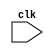
 //---------------------------------------------INSTRUCTION FETCH STAGE------------------------------------------------------

//LW R3, 0(R2)
//DIV R2,R3,R4
//MUL R1,R5,R6
//ADD R3,R7,R8
//MUL R1,R1,R3
//SUB R4,R1,R5
//ADD R1,R4,R2

//R-Format: funct7(7)  rs1(5)  rs2(5)  funct3(3)  rd(5)  opcode(7)
//Load/Stores: Immediate(12)  rs(5)  funct3(3)  rd(5)  opcode(7)

module tomasulo(clk);

input clk;
reg stall_flag;
reg [31:0] pr_instr_fetch; //Pipeline register of Fetch stage
reg [4:0] PC;              //Program Counter

reg [31:0] memory [0:31];         //Main Memory

integer x;

initial 
begin
memory[0]=32'h00012183;           //Instructions stored in Main Memory
memory[1]=32'h0241c133;
memory[2]=32'h026280b3;
memory[3]=32'h008381b3;
memory[4]=32'h023080b3;
memory[5]=32'h40508233;
memory[6]=32'h002200b3;    
end

initial 
begin
    x=0;
    PC=5'b00000;
end

always@(posedge clk)
begin
  if(stall_flag==0)
    begin
      pr_instr_fetch<=memory[x]; 
      if(memory[x]!=32'bx)
         PC<=PC+4;           //****ALARM: PC keeps on incrementing even if new instruction is not being fetched
      x<=x+1;   
    end
  else
      pr_instr_fetch<=32'bx;  
end 

//-----------------------------------------------------DECODE STAGE---------------------------------------------------------

reg [2:0] pr_instr;               //Tells what type of instruction it is after decoding
reg [6:0] pr_funct7, pr_opcode;   //pipeline registers for Decode Stage
reg [4:0] pr_rs1, pr_rs2, pr_rd;
reg [2:0] pr_funct3;
reg [11:0] pr_immediate;

parameter LOAD = 3'b000;
parameter ADD = 3'b001;
parameter SUB = 3'b010;
parameter MUL = 3'b011;
parameter DIV = 3'b100;

always@(posedge clk)
begin
   if(stall_flag==0)
   begin
    pr_opcode = pr_instr_fetch[6:0];   
    pr_funct7 = pr_instr_fetch[31:25];
    pr_funct3 = pr_instr_fetch[14:12];
    pr_rs2 <= pr_instr_fetch[24:20];
    pr_immediate <= pr_instr_fetch[31:20];
    pr_rs1 <= pr_instr_fetch[19:15];
    pr_rd <= pr_instr_fetch[11:7];
    
   
    if(pr_opcode==7'b0000011)
       pr_instr<=LOAD;
    else if ((pr_opcode==7'b0110011) && (pr_funct7==7'b0000000))
       pr_instr<=ADD;
    else if ((pr_opcode==7'b0110011) && (pr_funct7==7'b0100000))
       pr_instr<=SUB;
    else if ((pr_opcode==7'b0110011) && (pr_funct7==7'b0000001) && (pr_funct3==3'b000))
       pr_instr<=MUL;
    else if ((pr_opcode==7'b0110011) && (pr_funct7==7'b0000001) && (pr_funct3==3'b100))
       pr_instr<=DIV;
    else
       pr_instr<=3'bxxx;   

   end
   
   else
    pr_instr<=3'bx;

end

//--------------------------------------------------DISPATCH STAGE------------------------------------------------------------------

reg [31:0] Arch_reg [1:32];            //Defining Architectural Registers
reg [2:0] RAT [1:32];                  //Defining the RAT

reg [2:0] ROB_head_ptr;                //ROB Head Pointer
reg [2:0] ROB_tail_ptr;                //ROB Tail Pointer
reg [2:0] ROB_Instr [0:7];            //Defining ROB entries
reg [4:0] ROB_Dest [0:7];
reg [31:0] ROB_Value [0:7];
reg ROB_busy [0:7];
reg ROB_valid[0:7];

reg [2:0] RS_Add_Instr [0:3];         //Defining RS_ADD/SUB entries
reg RS_Add_busy [0:3];
reg [2:0] RS_Add_Dest_tag [0:3];
reg [2:0] RS_Add_S1_tag [0:3];
reg [2:0] RS_Add_S2_tag [0:3];
reg [31:0] RS_Add_S1_value [0:3];
reg RS_Add_S1_valid [0:3];
reg [31:0] RS_Add_S2_value [0:3];
reg RS_Add_S2_valid [0:3];
reg [1:0] RS_Add_count;

reg [2:0] RS_Mul_Instr [0:3];        //Defining RS_MUL/DIV entri
reg RS_Mul_busy [0:3];
reg [2:0] RS_Mul_Dest_tag [0:3];
reg [2:0] RS_Mul_S1_tag [0:3];
reg [2:0] RS_Mul_S2_tag [0:3];
reg [31:0] RS_Mul_S1_value [0:3];
reg RS_Mul_S1_valid [0:3];
reg [31:0] RS_Mul_S2_value [0:3];
reg RS_Mul_S2_valid [0:3];
reg [1:0] RS_Mul_count;

reg [2:0] LD_ST_Buffer_Instr [0:3];    //Defining Load/Store Buffer entries
reg LD_ST_Buffer_busy [0:3];
reg [2:0] LD_ST_Buffer_Dest_tag [0:3];
reg [11:0] LD_ST_Buffer_Offset [0:3];
reg [2:0] LD_ST_Buffer_Source_tag [0:3];
reg [31:0] LD_ST_Buffer_Source_value [0:3];
reg LD_ST_Buffer_Source_valid [0:3];
reg [1:0] RS_LD_ST_count;


initial 
begin
    RS_Add_count=2'b00;
    RS_Mul_count=2'b00;
    RS_LD_ST_count=2'b00;
    ROB_head_ptr=3'b000;
    ROB_tail_ptr=3'b000;

    ROB_busy[0]=0;        ROB_valid[0]=0;
    ROB_busy[1]=0;        ROB_valid[1]=0;
    ROB_busy[2]=0;        ROB_valid[2]=0;
    ROB_busy[3]=0;        ROB_valid[3]=0;
    ROB_busy[4]=0;        ROB_valid[4]=0;
    ROB_busy[5]=0;        ROB_valid[5]=0;
    ROB_busy[6]=0;        ROB_valid[6]=0;
    ROB_busy[7]=0;        ROB_valid[7]=0;

    stall_flag=1'b0;

    LD_ST_Buffer_Source_valid[0]=0;     LD_ST_Buffer_busy[0]=0;
    LD_ST_Buffer_Source_valid[1]=0;     LD_ST_Buffer_busy[1]=0;
    LD_ST_Buffer_Source_valid[2]=0;     LD_ST_Buffer_busy[2]=0;
    LD_ST_Buffer_Source_valid[3]=0;     LD_ST_Buffer_busy[3]=0;
    
    RS_Add_S1_valid [0]=0;      RS_Add_S2_valid [0]=0;     RS_Add_busy[0]=0;
    RS_Add_S1_valid [1]=0;      RS_Add_S2_valid [1]=0;     RS_Add_busy[1]=0;
    RS_Add_S1_valid [2]=0;      RS_Add_S2_valid [2]=0;     RS_Add_busy[2]=0;
    RS_Add_S1_valid [3]=0;      RS_Add_S2_valid [3]=0;     RS_Add_busy[3]=0;


    RS_Mul_S1_valid [0]=0;      RS_Mul_S2_valid [0]=0;     RS_Mul_busy[0]=0;
    RS_Mul_S1_valid [1]=0;      RS_Mul_S2_valid [1]=0;     RS_Mul_busy[1]=0;
    RS_Mul_S1_valid [2]=0;      RS_Mul_S2_valid [2]=0;     RS_Mul_busy[2]=0;
    RS_Mul_S1_valid [3]=0;      RS_Mul_S2_valid [3]=0;     RS_Mul_busy[3]=0;

    Arch_reg[1]=32'h0000000c;     RAT[1]=3'bxxx;     
    Arch_reg[2]=32'h00000010;     RAT[2]=3'bxxx;   
    Arch_reg[3]=32'h0000002d;     RAT[3]=3'bxxx;     
    Arch_reg[4]=32'h00000005;     RAT[4]=3'bxxx;     
    Arch_reg[5]=32'h00000003;     RAT[5]=3'bxxx;    
    Arch_reg[6]=32'h00000004;     RAT[6]=3'bxxx;     
    Arch_reg[7]=32'h00000001;     RAT[7]=3'bxxx;
    Arch_reg[8]=32'h00000002;     RAT[8]=3'bxxx;
    Arch_reg[9]=32'h00000002;     RAT[9]=3'bxxx;
    Arch_reg[10]=32'h00000003;    RAT[10]=3'bxxx;
end

always@(posedge clk)
begin
    if(ROB_busy[ROB_tail_ptr]==1)
         stall_flag=1;    //stall
    
    else 
      begin
        if(pr_instr==LOAD)     //if LOAD instruction
        begin
           if(LD_ST_Buffer_busy[RS_LD_ST_count]==1)     //if LOAD buffer if full then STALL
             stall_flag=1;
           else
             begin   
               ROB_Instr[ROB_tail_ptr]<=pr_instr;
               ROB_Dest[ROB_tail_ptr]<=pr_rd;
               ROB_busy[ROB_tail_ptr]<=1;
               LD_ST_Buffer_Instr[RS_LD_ST_count]<=pr_instr; 
               LD_ST_Buffer_busy[RS_LD_ST_count]<=1'b1; 
               LD_ST_Buffer_Dest_tag[RS_LD_ST_count]<=ROB_tail_ptr;
               LD_ST_Buffer_Offset[RS_LD_ST_count]<=pr_immediate;
               RAT[pr_rd]<=ROB_tail_ptr; 
                if(RAT[pr_rs1]===3'bxxx)     //if RAT has no tag, get value from Arch Register
                 begin
                  LD_ST_Buffer_Source_value[RS_LD_ST_count]<=Arch_reg[pr_rs1]; 
                  LD_ST_Buffer_Source_valid[RS_LD_ST_count]<=1'b1; 
                 end 
               else
                 begin
                  LD_ST_Buffer_Source_tag[RS_LD_ST_count]<=RAT[pr_rs1]; //if RAT has some tag, get the tag
                  LD_ST_Buffer_Source_valid[RS_LD_ST_count]<=1'b0;  
                 end  
               ROB_tail_ptr<=ROB_tail_ptr+3'b001;
               RS_LD_ST_count<=RS_LD_ST_count+2'b01;
             end 
        end     
        else if(pr_instr==ADD)
        begin
           if (RS_Add_busy[RS_Add_count]==1)
              stall_flag=1;
           else
             begin
                ROB_Instr[ROB_tail_ptr]<=pr_instr;
                ROB_Dest[ROB_tail_ptr]<=pr_rd;
                ROB_busy[ROB_tail_ptr]<=1;
                RS_Add_Instr[RS_Add_count]<=pr_instr;
                RS_Add_busy[RS_Add_count]<=1'b1;
                RS_Add_Dest_tag[RS_Add_count]<=ROB_tail_ptr;
                RAT[pr_rd]<=ROB_tail_ptr;
                if(RAT[pr_rs1]===3'bxxx)
                  begin
                   RS_Add_S1_value[RS_Add_count]<=Arch_reg[pr_rs1];
                   RS_Add_S1_valid[RS_Add_count]<=1;
                  end
                else 
                  begin  
                   RS_Add_S1_tag[RS_Add_count]<=RAT[pr_rs1];
                   RS_Add_S1_valid[RS_Add_count]<=1'b0;
                  end 
                if(RAT[pr_rs2]===3'bxxx)  
                  begin 
                   RS_Add_S2_value[RS_Add_count]<=Arch_reg[pr_rs2];
                   RS_Add_S2_valid[RS_Add_count]<=1;
                  end
                else 
                  begin  
                   RS_Add_S2_tag[RS_Add_count]<=RAT[pr_rs2];
                   RS_Add_S2_valid[RS_Add_count]<=1'b0;
                  end 
                ROB_tail_ptr<=ROB_tail_ptr+3'b001;  
                RS_Add_count<=RS_Add_count+2'b01; 
             end     
        end 
        else if(pr_instr==SUB)
        begin
           if (RS_Add_busy[RS_Add_count]==1)
              stall_flag=1;
           else
             begin
                ROB_Instr[ROB_tail_ptr]<=pr_instr;
                ROB_Dest[ROB_tail_ptr]<=pr_rd;
                ROB_busy[ROB_tail_ptr]<=1;
                RS_Add_Instr[RS_Add_count]<=pr_instr;
                RS_Add_busy[RS_Add_count]<=1'b1;
                RS_Add_Dest_tag[RS_Add_count]<=ROB_tail_ptr;
                RAT[pr_rd]<=ROB_tail_ptr;
                if(RAT[pr_rs1]===3'bxxx)
                  begin
                   RS_Add_S1_value[RS_Add_count]<=Arch_reg[pr_rs1];
                   RS_Add_S1_valid[RS_Add_count]<=1;
                  end
                else 
                  begin  
                   RS_Add_S1_tag[RS_Add_count]<=RAT[pr_rs1];
                   RS_Add_S1_valid[RS_Add_count]<=1'b0;
                  end 
                if(RAT[pr_rs2]===3'bxxx)  
                  begin 
                   RS_Add_S2_value[RS_Add_count]<=Arch_reg[pr_rs2];
                   RS_Add_S2_valid[RS_Add_count]<=1;
                  end
                else 
                  begin  
                   RS_Add_S2_tag[RS_Add_count]<=RAT[pr_rs2];
                   RS_Add_S2_valid[RS_Add_count]<=1'b0;
                  end 
                ROB_tail_ptr<=ROB_tail_ptr+3'b001;  
                RS_Add_count<=RS_Add_count+2'b01;   
             end     
        end 
        else if(pr_instr==MUL)
        begin
           if (RS_Mul_busy[RS_Mul_count]==1)
              stall_flag=1;
           else
             begin
                ROB_Instr[ROB_tail_ptr]<=pr_instr;
                ROB_Dest[ROB_tail_ptr]<=pr_rd;
                ROB_busy[ROB_tail_ptr]<=1;
                RS_Mul_Instr[RS_Mul_count]<=pr_instr;
                RS_Mul_busy[RS_Mul_count]<=1'b1;
                RS_Mul_Dest_tag[RS_Mul_count]<=ROB_tail_ptr;
                RAT[pr_rd]<=ROB_tail_ptr;
                if(RAT[pr_rs1]===3'bxxx)
                  begin
                   RS_Mul_S1_value[RS_Mul_count]<=Arch_reg[pr_rs1];
                   RS_Mul_S1_valid[RS_Mul_count]<=1'b1;
                  end
                else 
                  begin  
                   RS_Mul_S1_tag[RS_Mul_count]<=RAT[pr_rs1];
                   RS_Mul_S1_valid[RS_Mul_count]<=1'b0;
                  end 
                if(RAT[pr_rs2]===3'bxxx) 
                  begin  
                   RS_Mul_S2_value[RS_Mul_count]<=Arch_reg[pr_rs2];
                   RS_Mul_S2_valid[RS_Mul_count]<=1'b1;
                  end
                else
                  begin   
                   RS_Mul_S2_tag[RS_Mul_count]<=RAT[pr_rs2];
                   RS_Mul_S2_valid[RS_Mul_count]<=1'b0;
                  end
                ROB_tail_ptr<=ROB_tail_ptr+3'b001;  
                RS_Mul_count<=RS_Mul_count+2'b01; 
             end     
        end 
        else if(pr_instr==DIV)
        begin
           if (RS_Mul_busy[RS_Mul_count]==1)
              stall_flag=1;
           else
             begin
                ROB_Instr[ROB_tail_ptr]<=pr_instr;
                ROB_Dest[ROB_tail_ptr]<=pr_rd;
                ROB_busy[ROB_tail_ptr]<=1;
                RS_Mul_Instr[RS_Mul_count]<=pr_instr;
                RS_Mul_busy[RS_Mul_count]<=1'b1;
                RS_Mul_Dest_tag[RS_Mul_count]<=ROB_tail_ptr;
                RAT[pr_rd]<=ROB_tail_ptr;
                if(RAT[pr_rs1]===3'bxxx)
                  begin
                   RS_Mul_S1_value[RS_Mul_count]<=Arch_reg[pr_rs1];
                   RS_Mul_S1_valid[RS_Mul_count]<=1'b1;
                  end
                else 
                  begin  
                   RS_Mul_S1_tag[RS_Mul_count]<=RAT[pr_rs1];
                   RS_Mul_S1_valid[RS_Mul_count]<=1'b0;
                  end 
                if(RAT[pr_rs2]===3'bxxx) 
                  begin  
                   RS_Mul_S2_value[RS_Mul_count]<=Arch_reg[pr_rs2];
                   RS_Mul_S2_valid[RS_Mul_count]<=1'b1;
                  end
                else
                  begin   
                   RS_Mul_S2_tag[RS_Mul_count]<=RAT[pr_rs2];
                   RS_Mul_S2_valid[RS_Mul_count]<=1'b0;
                  end
                ROB_tail_ptr<=ROB_tail_ptr+3'b001;  
                RS_Mul_count<=RS_Mul_count+2'b01;  
             end     
        end 
    end  
  end   

//-------------------------------------------------------------ISSUE STAGE--------------------------------------------------------------

reg [31:0] pr_sv1, pr_Add_Sub_sv1,pr_Add_Sub_sv2,pr_Mul_Div_sv1,pr_Mul_Div_sv2;  //Pipeline registers for Issue stage
reg [2:0] pr_LD_tag, pr_Add_Sub_tag, pr_Mul_Div_tag;
reg [11:0] pr_offset;
reg [2:0] pr_LD_Instr, pr_Add_Sub_Instr, pr_Mul_Instr, pr_Div_Instr;

always@(posedge clk)          //****ALARM: Priority for instructions issue has not been set properly!
begin
    if(LD_ST_Buffer_Source_valid[0]==1)     //busy bit has been used as 'VALID' bit
    begin
        pr_sv1<=LD_ST_Buffer_Source_value[0];    //get all necessary data into the pipeline registers
        pr_offset<=LD_ST_Buffer_Offset[0];
        pr_LD_tag<=LD_ST_Buffer_Dest_tag[0];
        pr_LD_Instr<=LD_ST_Buffer_Instr[0];
        
        LD_ST_Buffer_Source_value[0]<=32'hx;
        LD_ST_Buffer_Offset[0]<=12'hx;
        LD_ST_Buffer_Dest_tag[0]<=3'bx;
        LD_ST_Buffer_Instr[0]<=3'bx;
        LD_ST_Buffer_busy[0]<=1'b0;
        LD_ST_Buffer_Source_valid[0]<=0;
    end 
    else if(LD_ST_Buffer_Source_valid[1]==1)     //busy bit has been used as 'VALID' bit
    begin
        pr_sv1<=LD_ST_Buffer_Source_value[1];    //get all necessary data into the pipeline registers
        pr_offset<=LD_ST_Buffer_Offset[1];
        pr_LD_tag<=LD_ST_Buffer_Dest_tag[1];
        pr_LD_Instr<=LD_ST_Buffer_Instr[1];
        
        LD_ST_Buffer_Source_value[1]<=32'hx;
        LD_ST_Buffer_Offset[1]<=12'hx;
        LD_ST_Buffer_Dest_tag[1]<=3'bx;
        LD_ST_Buffer_Instr[1]<=3'bx;
        LD_ST_Buffer_busy[1]<=1'b0;
        LD_ST_Buffer_Source_valid[1]<=0;
    end
    else if(LD_ST_Buffer_Source_valid[2]==1)     //busy bit has been used as 'VALID' bit
    begin
        pr_sv1<=LD_ST_Buffer_Source_value[2];    //get all necessary data into the pipeline registers
        pr_offset<=LD_ST_Buffer_Offset[2];
        pr_LD_tag<=LD_ST_Buffer_Dest_tag[2];
        pr_LD_Instr<=LD_ST_Buffer_Instr[2];
        
        LD_ST_Buffer_Source_value[2]<=32'hx;
        LD_ST_Buffer_Offset[2]<=12'hx;
        LD_ST_Buffer_Dest_tag[2]<=3'bx;
        LD_ST_Buffer_Instr[2]<=3'bx;
        LD_ST_Buffer_busy[2]<=1'b0;
        LD_ST_Buffer_Source_valid[2]<=0;
    end
    else if(LD_ST_Buffer_Source_valid[3]==1)     //busy bit has been used as 'VALID' bit
    begin
        pr_sv1<=LD_ST_Buffer_Source_value[3];    //get all necessary data into the pipeline registers
        pr_offset<=LD_ST_Buffer_Offset[3];
        pr_LD_tag<=LD_ST_Buffer_Dest_tag[3];
        pr_LD_Instr<=LD_ST_Buffer_Instr[3];
        
        LD_ST_Buffer_Source_value[3]<=32'hx;
        LD_ST_Buffer_Offset[3]<=12'hx;
        LD_ST_Buffer_Dest_tag[3]<=3'bx;
        LD_ST_Buffer_Instr[3]<=3'bx;
        LD_ST_Buffer_busy[3]<=1'b0;
        LD_ST_Buffer_Source_valid[3]<=0;
    end

    if(RS_Mul_S1_valid[0]==1 && RS_Mul_S2_valid[0]==1)
    begin
        pr_Mul_Div_sv1<=RS_Mul_S1_value[0];
        pr_Mul_Div_sv2<=RS_Mul_S2_value[0];
        pr_Mul_Div_tag<=RS_Mul_Dest_tag[0];
        if(RS_Mul_Instr[0]==MUL)
          pr_Mul_Instr<=RS_Mul_Instr[0];
        else
          pr_Div_Instr<=RS_Mul_Instr[0];
           
        RS_Mul_S1_value[0]<=32'hx;
        RS_Mul_S2_value[0]<=32'hx;
        RS_Mul_Dest_tag[0]<=3'bx;
        RS_Mul_Instr[0]<=3'bx;
        RS_Mul_busy[0]<=1'b0;
        RS_Mul_S1_valid[0]<=0;
        RS_Mul_S2_valid[0]<=0;
    end
    else if(RS_Mul_S1_valid[1]==1 && RS_Mul_S2_valid[1]==1)
    begin
        pr_Mul_Div_sv1<=RS_Mul_S1_value[1];
        pr_Mul_Div_sv2<=RS_Mul_S2_value[1];
        pr_Mul_Div_tag<=RS_Mul_Dest_tag[1];
        if(RS_Mul_Instr[1]==MUL)
          pr_Mul_Instr<=RS_Mul_Instr[1];
        else
          pr_Div_Instr<=RS_Mul_Instr[1];
         
        RS_Mul_S1_value[1]<=32'hx;
        RS_Mul_S2_value[1]<=32'hx;
        RS_Mul_Dest_tag[1]<=3'bx;
        RS_Mul_Instr[1]<=3'bx;
        RS_Mul_busy[1]<=1'b0;
        RS_Mul_S1_valid[1]<=0;
        RS_Mul_S2_valid[1]<=0;
    end
    else if(RS_Mul_S1_valid[2]==1 && RS_Mul_S2_valid[2]==1)
    begin
        pr_Mul_Div_sv1<=RS_Mul_S1_value[2];
        pr_Mul_Div_sv2<=RS_Mul_S2_value[2];
        pr_Mul_Div_tag<=RS_Mul_Dest_tag[2];
        if(RS_Mul_Instr[2]==MUL)
          pr_Mul_Instr<=RS_Mul_Instr[2];
        else
          pr_Div_Instr<=RS_Mul_Instr[2];
         
        RS_Mul_S1_value[2]<=32'hx;
        RS_Mul_S2_value[2]<=32'hx;
        RS_Mul_Dest_tag[2]<=3'bx;
        RS_Mul_Instr[2]<=3'bx;
        RS_Mul_busy[2]<=1'b0;
        RS_Mul_S1_valid[2]<=0;
        RS_Mul_S2_valid[2]<=0;
    end
    else if(RS_Mul_S1_valid[3]==1 && RS_Mul_S2_valid[3]==1)
    begin
        pr_Mul_Div_sv1<=RS_Mul_S1_value[3];
        pr_Mul_Div_sv2<=RS_Mul_S2_value[3];
        pr_Mul_Div_tag<=RS_Mul_Dest_tag[3];
        if(RS_Mul_Instr[3]==MUL)
          pr_Mul_Instr<=RS_Mul_Instr[3];
        else
          pr_Div_Instr<=RS_Mul_Instr[3];
         
        RS_Mul_S1_value[3]<=32'hx;
        RS_Mul_S2_value[3]<=32'hx;
        RS_Mul_Dest_tag[3]<=3'bx;
        RS_Mul_Instr[3]<=3'bx;
        RS_Mul_busy[3]<=1'b0;
        RS_Mul_S1_valid[3]<=0;
        RS_Mul_S2_valid[3]<=0;
    end

    if(RS_Add_S1_valid[0]==1 && RS_Add_S2_valid[0]==1) 
    begin
        pr_Add_Sub_sv1<=RS_Add_S1_value[0];
        pr_Add_Sub_sv2<=RS_Add_S2_value[0];
        pr_Add_Sub_tag<=RS_Add_Dest_tag[0];
        pr_Add_Sub_Instr<=RS_Add_Instr[0];
         
        RS_Add_S1_value[0]<=32'hx;
        RS_Add_S2_value[0]<=32'hx;
        RS_Add_Dest_tag[0]<=3'bx;
        RS_Add_Instr[0]<=3'bx;
        RS_Add_busy[0]<=1'b0;
        RS_Add_S1_valid[0]<=0;
        RS_Add_S2_valid[0]<=0;
    end
    else if(RS_Add_S1_valid[1]==1 && RS_Add_S2_valid[1]==1) 
    begin
        pr_Add_Sub_sv1<=RS_Add_S1_value[1];
        pr_Add_Sub_sv2<=RS_Add_S2_value[1];
        pr_Add_Sub_tag<=RS_Add_Dest_tag[1];
        pr_Add_Sub_Instr<=RS_Add_Instr[1];
         
        RS_Add_S1_value[1]<=32'hx;
        RS_Add_S2_value[1]<=32'hx;
        RS_Add_Dest_tag[1]<=3'bx;
        RS_Add_Instr[1]<=3'bx;
        RS_Add_busy[1]<=1'b0;
        RS_Add_S1_valid[1]<=0;
        RS_Add_S2_valid[1]<=0;
    end
    else if(RS_Add_S1_valid[2]==1 && RS_Add_S2_valid[2]==1) 
    begin
        pr_Add_Sub_sv1<=RS_Add_S1_value[2];
        pr_Add_Sub_sv2<=RS_Add_S2_value[2];
        pr_Add_Sub_tag<=RS_Add_Dest_tag[2];
        pr_Add_Sub_Instr<=RS_Add_Instr[2];
         
        RS_Add_S1_value[2]<=32'hx;
        RS_Add_S2_value[2]<=32'hx;
        RS_Add_Dest_tag[2]<=3'bx;
        RS_Add_Instr[2]<=3'bx;
        RS_Add_busy[2]<=1'b0;
        RS_Add_S1_valid[2]<=0;
        RS_Add_S2_valid[2]<=0;
    end
    else if(RS_Add_S1_valid[3]==1 && RS_Add_S2_valid[3]==1) 
    begin
        pr_Add_Sub_sv1<=RS_Add_S1_value[3];
        pr_Add_Sub_sv2<=RS_Add_S2_value[3];
        pr_Add_Sub_tag<=RS_Add_Dest_tag[3];
        pr_Add_Sub_Instr<=RS_Add_Instr[3];
         
        RS_Add_S1_value[3]<=32'hx;
        RS_Add_S2_value[3]<=32'hx;
        RS_Add_Dest_tag[3]<=3'bx;
        RS_Add_Instr[3]<=3'bx;
        RS_Add_busy[3]<=1'b0;
        RS_Add_S1_valid[3]<=0;
        RS_Add_S2_valid[3]<=0;
    end
end

//--------------------------------------------------------EXECUTE STAGE------------------------------------------------------------------

reg [31:0] pr_Add_Sub_result, pr_Mul_Div_result, pr_LD_result;
reg [2:0] pr_Add_Sub_Tag, pr_Mul_Div_Tag, pr_LD_Tag;
reg pr_Add_Sub_result_valid, pr_Mul_Div_result_valid, pr_LD_result_valid;

reg [31:0] Mem [1:32];
reg [31:0] EAD;
reg [31:0] Sign_Extented_Offset;

reg [319:0] Shift_Mul;       reg [29:0] Shift_Mul_tag ;
reg [1279:0] Shift_Div;      reg [119:0] Shift_Div_tag ;
reg [159:0] Shift_LD_ST;     reg [14:0] Shift_LD_ST_tag;

reg [39:0] Shift_Div_valid ;
reg [9:0] Shift_Mul_valid ;
reg [4:0] Shift_LD_ST_valid ;

reg [31:0] add1, add2, sub1, sub2, mul1, mul2, div1, div2;

initial 
begin
    Mem[16]=32'h00000005;
   
    Shift_LD_ST_valid=5'b00000;      //for the shift registers to give the idea of pipeplines EX
    Shift_Mul_valid=10'b0000000000;
    Shift_Div_valid=40'h0000000000;   
    pr_Add_Sub_result_valid=0; pr_Mul_Div_result_valid=0; pr_LD_result_valid=0; 
end

always@(posedge clk)
begin
    if(pr_LD_Instr==LOAD)
      begin
          if(pr_offset[11]==1)
            Sign_Extented_Offset={20'hfffff, pr_offset[11:0]};
          else
            Sign_Extented_Offset={20'h00000, pr_offset[11:0]};

        EAD=Sign_Extented_Offset+pr_sv1;
        pr_LD_result<=Mem[EAD[4:0]];
        pr_LD_Tag<=pr_LD_tag;
        pr_LD_result_valid<=1;
        //Shift_LD_ST[31:0] <= Mem[EAD[4:0]];
        //Shift_LD_ST_tag[2:0] <= pr_LD_tag;
        //Shift_LD_ST_valid[0]<=1'b1;    
        pr_LD_Instr<=3'bxxx;
      end
    /*else
        begin
            Shift_LD_ST[31:0] <= 32'b0;
            Shift_LD_ST_tag[2:0] <= 3'b000;
            Shift_LD_ST_valid[0]<=1'b0; 
        end*/

    if(pr_Add_Sub_Instr==ADD)
      begin
          add1=pr_Add_Sub_sv1; add2=pr_Add_Sub_sv2;
          pr_Add_Sub_result <= add1+add2;
          pr_Add_Sub_result_valid<=1;
          add1<=32'hx; add2<=32'hx;
          pr_Add_Sub_Tag<=pr_Add_Sub_tag;
          pr_Add_Sub_Instr<=3'bxxx;
      end 
       
    if(pr_Add_Sub_Instr==SUB)
      begin
          sub1=pr_Add_Sub_sv1; sub2=pr_Add_Sub_sv2;
          pr_Add_Sub_result<= sub1 - sub2;
          pr_Add_Sub_result_valid<=1;
          sub1<=32'hx; sub2<=32'hx;
          pr_Add_Sub_Tag<=pr_Add_Sub_tag;
          pr_Add_Sub_Instr<=3'bxxx;
      end 

    if(pr_Mul_Instr==MUL)
      begin
          mul1= pr_Mul_Div_sv1; mul2=pr_Mul_Div_sv2;
          //Shift_Mul[31:0]<= mul1 * mul2;
          pr_Mul_Div_result<=mul1*mul2;
          mul1<=32'hx; mul2<=32'hx;
          pr_Mul_Div_Tag<=pr_Mul_Div_tag;
          pr_Mul_Div_result_valid<=1;
          //Shift_Mul_tag [2:0] <= pr_Mul_Div_tag;
          //Shift_Mul_valid[0]<=1'b1;
          pr_Mul_Instr<=3'bxxx;
      end  
   /* else
       begin
          Shift_Mul[31:0] <= 32'h00000000;
          Shift_Mul_tag[2:0] <= 3'b000;
          Shift_Mul_valid[0]<=1'b0;
       end  */  
    
    if(pr_Div_Instr==DIV)
      begin
          div1=pr_Mul_Div_sv1; div2=pr_Mul_Div_sv2;
          //Shift_Div[31:0]<= div1/div2;
          pr_Mul_Div_result<=div1/div2;
          pr_Mul_Div_Tag<=pr_Mul_Div_tag;
          pr_Mul_Div_result_valid<=1;
          div1<=32'hx; div2<=32'hx;
         // Shift_Div_tag [2:0] <= pr_Mul_Div_tag;
          //Shift_Div_valid[0]<=1'b1;
          pr_Div_Instr<=3'bxxx;
      end 
   /* else
       begin
        Shift_Div[31:0]<= 32'b0;
        Shift_Div_tag[2:0]<= 3'b000;
        Shift_Div_valid[0]<=1'b0; 
       end  */       
end

/*always@(posedge clk)
begin
      
   
    if(Shift_Mul_valid[9]==1)
      begin
        pr_Mul_Div_result=Shift_Mul[319:288];
        pr_Mul_Div_Tag=Shift_Mul_tag[29:27];
        pr_Mul_Div_result_valid=1;
      end    
    else
      begin 
        pr_Mul_Div_result_valid=0;
        pr_Mul_Div_result=32'bx;
        pr_Mul_Div_Tag=3'bxxx;
      end  
    Shift_Mul[319:32]<=Shift_Mul[287:0];
    Shift_Mul_tag[29:3]<=Shift_Mul_tag[26:0];
    Shift_Mul_valid[9:1]<=Shift_Mul_valid[8:0];  

    
    if(Shift_Div_valid[39]==1'b1)
      begin
        pr_Mul_Div_result=Shift_Div[1279:1248]; 
        pr_Mul_Div_Tag=Shift_Div_tag[119:117];  
        pr_Mul_Div_result_valid=1; 
      end    
    else
      begin
        pr_Mul_Div_result_valid=0;
        pr_Mul_Div_result=32'bx;
        pr_Mul_Div_Tag=3'bxxx;
      end  
    Shift_Div[1279:32]<=Shift_Div[1247:0];
    Shift_Div_tag[119:3]<=Shift_Div_tag[116:0];
    Shift_Div_valid[39:1]<=Shift_Div_valid[38:0];   
        
   
    if(Shift_LD_ST_valid[4]==1'b1)
      begin
        pr_LD_result=Shift_LD_ST[159:128]; 
        pr_LD_Tag=Shift_LD_ST_tag[14:12]; 
        pr_LD_result_valid=1;
      end   
    else 
      begin
        pr_LD_result_valid=0;
        pr_LD_result=32'bx;
        pr_LD_Tag=3'bxxx;
      end  
    Shift_LD_ST[159:32]<=Shift_LD_ST[127:0];
    Shift_LD_ST_tag[14:3]<=Shift_LD_ST_tag[11:0];
    Shift_LD_ST_valid[4:1]<=Shift_LD_ST_valid[3:0];    
            
end*/

//---------------------------------------------------------WRITE BACK STAGE--------------------------------------------------------------

always@(posedge clk)
begin
    if(pr_LD_result_valid==1)
    begin
        ROB_Value[pr_LD_Tag]<=pr_LD_result;
        ROB_valid[pr_LD_Tag]<=1;
        if(RS_Add_S1_tag[0]==pr_LD_Tag)
        begin
            RS_Add_S1_value[0]<=pr_LD_result;
            RS_Add_S1_valid[0]<=1;
            RS_Add_S1_tag[0]<=3'bxxx; 
        end
        if(RS_Add_S2_tag[0]==pr_LD_Tag)
        begin
            RS_Add_S2_value[0]<=pr_LD_result;
            RS_Add_S2_valid[0]<=1;
            RS_Add_S2_tag[0]<=3'bxxx; 
        end
        if(RS_Add_S1_tag[1]==pr_LD_Tag)
        begin
            RS_Add_S1_value[1]<=pr_LD_result;
            RS_Add_S1_valid[1]<=1;
            RS_Add_S1_tag[1]<=3'bxxx; 
        end
        if(RS_Add_S2_tag[1]==pr_LD_Tag)
        begin
            RS_Add_S2_value[1]<=pr_LD_result;
            RS_Add_S2_valid[1]<=1;
            RS_Add_S2_tag[1]<=3'bxxx; 
        end
        if(RS_Add_S1_tag[2]==pr_LD_Tag)
        begin
            RS_Add_S1_value[2]<=pr_LD_result;
            RS_Add_S1_valid[2]<=1;
            RS_Add_S1_tag[2]<=3'bxxx; 
        end
        if(RS_Add_S2_tag[2]==pr_LD_Tag)
        begin
            RS_Add_S2_value[2]<=pr_LD_result;
            RS_Add_S2_valid[2]<=1;
            RS_Add_S2_tag[2]<=3'bxxx; 
        end
        if(RS_Add_S1_tag[3]==pr_LD_Tag)
        begin
            RS_Add_S1_value[3]<=pr_LD_result;
            RS_Add_S1_valid[3]<=1;
            RS_Add_S1_tag[3]<=3'bxxx; 
        end
        if(RS_Add_S2_tag[3]==pr_LD_Tag)
        begin
            RS_Add_S2_value[3]<=pr_LD_result;
            RS_Add_S2_valid[3]<=1;
            RS_Add_S2_tag[3]<=3'bxxx; 
        end
        if(RS_Mul_S1_tag[0]==pr_LD_Tag)
        begin
            RS_Mul_S1_value[0]<=pr_LD_result;
            RS_Mul_S1_valid[0]<=1;
            RS_Mul_S1_tag[0]<=3'bxxx;
        end
        if(RS_Mul_S2_tag[0]==pr_LD_Tag)
        begin
            RS_Mul_S2_value[0]<=pr_LD_result;
            RS_Mul_S2_valid[0]<=1;
            RS_Mul_S2_tag[0]<=3'bxxx;
        end
        if(RS_Mul_S1_tag[1]==pr_LD_Tag)
        begin
            RS_Mul_S1_value[1]<=pr_LD_result;
            RS_Mul_S1_valid[1]<=1;
            RS_Mul_S1_tag[1]<=3'bxxx;
        end
        if(RS_Mul_S2_tag[1]==pr_LD_Tag)
        begin
            RS_Mul_S2_value[1]<=pr_LD_result;
            RS_Mul_S2_valid[1]<=1;
            RS_Mul_S2_tag[1]<=3'bxxx;
        end
        if(RS_Mul_S1_tag[2]==pr_LD_Tag)
        begin
            RS_Mul_S1_value[2]<=pr_LD_result;
            RS_Mul_S1_valid[2]<=1;
            RS_Mul_S1_tag[2]<=3'bxxx;
        end
        if(RS_Mul_S2_tag[2]==pr_LD_Tag)
        begin
            RS_Mul_S2_value[2]<=pr_LD_result;
            RS_Mul_S2_valid[2]<=1;
            RS_Mul_S2_tag[2]<=3'bxxx;
        end
        if(RS_Mul_S1_tag[3]==pr_LD_Tag)
        begin
            RS_Mul_S1_value[3]<=pr_LD_result;
            RS_Mul_S1_valid[3]<=1;
            RS_Mul_S1_tag[3]<=3'bxxx;
        end
        if(RS_Mul_S2_tag[3]==pr_LD_Tag)
        begin
            RS_Mul_S2_value[3]<=pr_LD_result;
            RS_Mul_S2_valid[3]<=1;
            RS_Mul_S2_tag[3]<=3'bxxx;
        end
        if(LD_ST_Buffer_Source_tag[0]==pr_LD_Tag)
        begin
            LD_ST_Buffer_Source_value[0]<=pr_LD_result;
            LD_ST_Buffer_Source_valid[0]<=1;
            LD_ST_Buffer_Source_tag[0]<=3'bxxx;
        end
        if(LD_ST_Buffer_Source_tag[1]==pr_LD_Tag)
        begin
            LD_ST_Buffer_Source_value[1]<=pr_LD_result;
            LD_ST_Buffer_Source_valid[1]<=1;
            LD_ST_Buffer_Source_tag[1]<=3'bxxx;
        end
        if(LD_ST_Buffer_Source_tag[2]==pr_LD_Tag)
        begin
            LD_ST_Buffer_Source_value[2]<=pr_LD_result;
            LD_ST_Buffer_Source_valid[2]<=1;
            LD_ST_Buffer_Source_tag[2]<=3'bxxx;
        end
        if(LD_ST_Buffer_Source_tag[3]==pr_LD_Tag)
        begin
            LD_ST_Buffer_Source_value[3]<=pr_LD_result;
            LD_ST_Buffer_Source_valid[3]<=1;
            LD_ST_Buffer_Source_tag[3]<=3'bxxx;
        end
    end    

    if(pr_Add_Sub_result_valid==1)
    begin
        ROB_Value[pr_Add_Sub_Tag]<=pr_Add_Sub_result;
        ROB_valid[pr_Add_Sub_Tag]<=1; 
        pr_Add_Sub_result_valid<=0;
        if(RS_Add_S1_tag[0]==pr_Add_Sub_Tag)
        begin
            RS_Add_S1_value[0]<=pr_Add_Sub_result;
            RS_Add_S1_valid[0]<=1;
            RS_Add_S1_tag[0]<=3'bxxx;
        end
        if(RS_Add_S2_tag[0]==pr_Add_Sub_Tag)
        begin
            RS_Add_S2_value[0]<=pr_Add_Sub_result;
            RS_Add_S2_valid[0]<=1;
            RS_Add_S2_tag[0]<=3'bxxx;
        end
        if(RS_Add_S1_tag[1]==pr_Add_Sub_Tag)
        begin
            RS_Add_S1_value[1]<=pr_Add_Sub_result;
            RS_Add_S1_valid[1]<=1;
            RS_Add_S1_tag[1]<=3'bxxx;
        end
        if(RS_Add_S2_tag[1]==pr_Add_Sub_Tag)
        begin
            RS_Add_S2_value[1]<=pr_Add_Sub_result;
            RS_Add_S2_valid[1]<=1;
            RS_Add_S2_tag[1]<=3'bxxx;
        end
        if(RS_Add_S1_tag[2]==pr_Add_Sub_Tag)
        begin
            RS_Add_S1_value[2]<=pr_Add_Sub_result;
            RS_Add_S1_valid[2]<=1;
            RS_Add_S1_tag[2]<=3'bxxx;
        end
        if(RS_Add_S1_tag[2]==pr_Add_Sub_Tag)
        begin
            RS_Add_S1_value[2]<=pr_Add_Sub_result;
            RS_Add_S1_valid[2]<=1;
            RS_Add_S1_tag[2]<=3'bxxx;
        end
        if(RS_Add_S2_tag[2]==pr_Add_Sub_Tag)
        begin
            RS_Add_S2_value[2]<=pr_Add_Sub_result;
            RS_Add_S2_valid[2]<=1;
            RS_Add_S2_tag[2]<=3'bxxx;
        end
        if(RS_Add_S1_tag[3]==pr_Add_Sub_Tag)
        begin
            RS_Add_S1_value[3]<=pr_Add_Sub_result;
            RS_Add_S1_valid[3]<=1;
            RS_Add_S1_tag[3]<=3'bxxx;
        end
        if(RS_Add_S2_tag[3]==pr_Add_Sub_Tag)
        begin
            RS_Add_S2_value[3]<=pr_Add_Sub_result;
            RS_Add_S2_valid[3]<=1;
            RS_Add_S2_tag[3]<=3'bxxx;
        end
        if(RS_Mul_S1_tag[0]==pr_Add_Sub_Tag)
        begin
            RS_Mul_S1_value[0]<=pr_Add_Sub_result;
            RS_Mul_S1_valid[0]<=1;
            RS_Mul_S1_tag[0]<=3'bxxx;
        end
        if(RS_Mul_S2_tag[0]==pr_Add_Sub_Tag)
        begin
            RS_Mul_S2_value[0]<=pr_Add_Sub_result;
            RS_Mul_S2_valid[0]<=1;
            RS_Mul_S2_tag[0]<=3'bxxx;
        end
        if(RS_Mul_S1_tag[1]==pr_Add_Sub_Tag)
        begin
            RS_Mul_S1_value[1]<=pr_Add_Sub_result;
            RS_Mul_S1_valid[1]<=1;
            RS_Mul_S1_tag[1]<=3'bxxx;
        end
        if(RS_Mul_S2_tag[1]==pr_Add_Sub_Tag)
        begin
            RS_Mul_S2_value[1]<=pr_Add_Sub_result;
            RS_Mul_S2_valid[1]<=1;
            RS_Mul_S2_tag[1]<=3'bxxx;
        end
        if(RS_Mul_S1_tag[2]==pr_Add_Sub_Tag)
        begin
            RS_Mul_S1_value[2]<=pr_Add_Sub_result;
            RS_Mul_S1_valid[2]<=1;
            RS_Mul_S1_tag[2]<=3'bxxx;
        end
        if(RS_Mul_S2_tag[2]==pr_Add_Sub_Tag)
        begin
            RS_Mul_S2_value[2]<=pr_Add_Sub_result;
            RS_Mul_S2_valid[2]<=1;
            RS_Mul_S2_tag[2]<=3'bxxx;
        end
        if(RS_Mul_S1_tag[3]==pr_Add_Sub_Tag)
        begin
            RS_Mul_S1_value[3]<=pr_Add_Sub_result;
            RS_Mul_S1_valid[3]<=1;
            RS_Mul_S1_tag[3]<=3'bxxx;
        end
        if(RS_Mul_S2_tag[3]==pr_Add_Sub_Tag)
        begin
            RS_Mul_S2_value[3]<=pr_Add_Sub_result;
            RS_Mul_S2_valid[3]<=1;
            RS_Mul_S2_tag[3]<=3'bxxx;
        end
        if(LD_ST_Buffer_Source_tag[0]==pr_Add_Sub_Tag)
        begin
            LD_ST_Buffer_Source_value[0]<=pr_Add_Sub_result;
            LD_ST_Buffer_Source_valid[0]<=1;
            LD_ST_Buffer_Source_tag[0]<=3'bxxx;
        end
        if(LD_ST_Buffer_Source_tag[1]==pr_Add_Sub_Tag)
        begin
            LD_ST_Buffer_Source_value[1]<=pr_Add_Sub_result;
            LD_ST_Buffer_Source_valid[1]<=1;
            LD_ST_Buffer_Source_tag[1]<=3'bxxx;
        end
        if(LD_ST_Buffer_Source_tag[2]==pr_Add_Sub_Tag)
        begin
            LD_ST_Buffer_Source_value[2]<=pr_Add_Sub_result;
            LD_ST_Buffer_Source_valid[2]<=1;
            LD_ST_Buffer_Source_tag[2]<=3'bxxx;
        end
        if(LD_ST_Buffer_Source_tag[3]==pr_Add_Sub_Tag)
        begin
            LD_ST_Buffer_Source_value[3]<=pr_Add_Sub_result;
            LD_ST_Buffer_Source_valid[3]<=1;
            LD_ST_Buffer_Source_tag[3]<=3'bxxx;
        end
    end

    if(pr_Mul_Div_result_valid==1)
    begin
        ROB_Value[pr_Mul_Div_Tag]<=pr_Mul_Div_result;
        ROB_valid[pr_Mul_Div_Tag]<=1; 
        if(RS_Add_S1_tag[0]==pr_Mul_Div_Tag)
        begin
            RS_Add_S1_value[0]<=pr_Mul_Div_result;
            RS_Add_S1_valid[0]<=1;
            RS_Add_S1_tag[0]<=3'bxxx;
        end
        if(RS_Add_S2_tag[0]==pr_Mul_Div_Tag)
        begin
            RS_Add_S2_value[0]<=pr_Mul_Div_result;
            RS_Add_S2_valid[0]<=1;
            RS_Add_S2_tag[0]<=3'bxxx;
        end
        if(RS_Add_S1_tag[1]==pr_Mul_Div_Tag)
        begin
            RS_Add_S1_value[1]<=pr_Mul_Div_result;
            RS_Add_S1_valid[1]<=1;
            RS_Add_S1_tag[1]<=3'bxxx;
        end
        if(RS_Add_S2_tag[1]==pr_Mul_Div_Tag)
        begin
            RS_Add_S2_value[1]<=pr_Mul_Div_result;
            RS_Add_S2_valid[1]<=1;
            RS_Add_S2_tag[1]<=3'bxxx;
        end
        if(RS_Add_S1_tag[2]==pr_Mul_Div_Tag)
        begin
            RS_Add_S1_value[2]<=pr_Mul_Div_result;
            RS_Add_S1_valid[2]<=1;
            RS_Add_S1_tag[2]<=3'bxxx;
        end
        if(RS_Add_S1_tag[2]==pr_Mul_Div_Tag)
        begin
            RS_Add_S1_value[2]<=pr_Mul_Div_result;
            RS_Add_S1_valid[2]<=1;
            RS_Add_S1_tag[2]<=3'bxxx;
        end
        if(RS_Add_S2_tag[2]==pr_Mul_Div_Tag)
        begin
            RS_Add_S2_value[2]<=pr_Mul_Div_result;
            RS_Add_S2_valid[2]<=1;
            RS_Add_S2_tag[2]<=3'bxxx;
        end
        if(RS_Add_S1_tag[3]==pr_Mul_Div_Tag)
        begin
            RS_Add_S1_value[3]<=pr_Mul_Div_result;
            RS_Add_S1_valid[3]<=1;
            RS_Add_S1_tag[3]<=3'bxxx;
        end
        if(RS_Add_S2_tag[3]==pr_Mul_Div_Tag)
        begin
            RS_Add_S2_value[3]<=pr_Mul_Div_result;
            RS_Add_S2_valid[3]<=1;
            RS_Add_S2_tag[3]<=3'bxxx;
        end
        if(RS_Mul_S1_tag[0]==pr_Mul_Div_Tag)
        begin
            RS_Mul_S1_value[0]<=pr_Mul_Div_result;
            RS_Mul_S1_valid[0]<=1;
            RS_Mul_S1_tag[0]<=3'bxxx;
        end
        if(RS_Mul_S2_tag[0]==pr_Mul_Div_Tag)
        begin
            RS_Mul_S2_value[0]<=pr_Mul_Div_result;
            RS_Mul_S2_valid[0]<=1;
            RS_Mul_S2_tag[0]<=3'bxxx;
        end
        if(RS_Mul_S1_tag[1]==pr_Mul_Div_Tag)
        begin
            RS_Mul_S1_value[1]<=pr_Mul_Div_result;
            RS_Mul_S1_valid[1]<=1;
            RS_Mul_S1_tag[1]<=3'bxxx;
        end
        if(RS_Mul_S2_tag[1]==pr_Mul_Div_Tag)
        begin
            RS_Mul_S2_value[1]<=pr_Mul_Div_result;
            RS_Mul_S2_valid[1]<=1;
            RS_Mul_S2_tag[1]<=3'bxxx;
        end
        if(RS_Mul_S1_tag[2]==pr_Mul_Div_Tag)
        begin
            RS_Mul_S1_value[2]<=pr_Mul_Div_result;
            RS_Mul_S1_valid[2]<=1;
            RS_Mul_S1_tag[2]<=3'bxxx;
        end
        if(RS_Mul_S2_tag[2]==pr_Mul_Div_Tag)
        begin
            RS_Mul_S2_value[2]<=pr_Mul_Div_result;
            RS_Mul_S2_valid[2]<=1;
            RS_Mul_S2_tag[2]<=3'bxxx;
        end
        if(RS_Mul_S1_tag[3]==pr_Mul_Div_Tag)
        begin
            RS_Mul_S1_value[3]<=pr_Mul_Div_result;
            RS_Mul_S1_valid[3]<=1;
            RS_Mul_S1_tag[3]<=3'bxxx;
        end
        if(RS_Mul_S2_tag[3]==pr_Mul_Div_Tag)
        begin
            RS_Mul_S2_value[3]<=pr_Mul_Div_result;
            RS_Mul_S2_valid[3]<=1;
            RS_Mul_S2_tag[3]<=3'bxxx;
        end
        if(LD_ST_Buffer_Source_tag[0]==pr_Mul_Div_Tag)
        begin
            LD_ST_Buffer_Source_value[0]<=pr_Mul_Div_result;
            LD_ST_Buffer_Source_valid[0]<=1;
            LD_ST_Buffer_Source_tag[0]<=3'bxxx;
        end
        if(LD_ST_Buffer_Source_tag[1]==pr_Mul_Div_Tag)
        begin
            LD_ST_Buffer_Source_value[1]<=pr_Mul_Div_result;
            LD_ST_Buffer_Source_valid[1]<=1;
            LD_ST_Buffer_Source_tag[1]<=3'bxxx;
        end
        if(LD_ST_Buffer_Source_tag[2]==pr_Mul_Div_Tag)
        begin
            LD_ST_Buffer_Source_value[2]<=pr_Mul_Div_result;
            LD_ST_Buffer_Source_valid[2]<=1;
            LD_ST_Buffer_Source_tag[2]<=3'bxxx;
        end
        if(LD_ST_Buffer_Source_tag[3]==pr_Mul_Div_Tag)
        begin
            LD_ST_Buffer_Source_value[3]<=pr_Mul_Div_result;
            LD_ST_Buffer_Source_valid[3]<=1;
            LD_ST_Buffer_Source_tag[3]<=3'bxxx;
        end
    end
end

//------------------------------------------------------------COMMIT STAGE-------------------------------------------------------------------

always@(posedge clk)
begin
    if(ROB_valid[ROB_head_ptr]==1)
    begin
        Arch_reg[ROB_Dest[ROB_head_ptr]]<=ROB_Value[ROB_head_ptr];
        if(RAT[ROB_Dest[ROB_head_ptr]]==ROB_head_ptr)
          RAT[ROB_Dest[ROB_head_ptr]]<=3'bxxx;

        ROB_Instr[ROB_head_ptr]<=3'bxxx;
        ROB_Value[ROB_head_ptr]<=32'bx;
        ROB_Dest[ROB_head_ptr]<=5'bx;
        ROB_busy[ROB_head_ptr]<=0;
        ROB_valid[ROB_head_ptr]<=0;
        ROB_head_ptr<=ROB_head_ptr+1;  
    end    
end

endmodule